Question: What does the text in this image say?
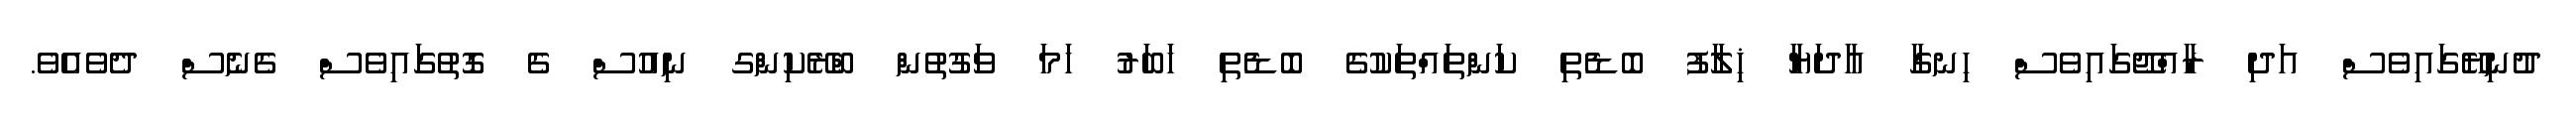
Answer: ދުނިޔޭގައިވެސް އަދި ރާއްޖޭގައިވެސް ހިނގާ އާދަޔާ ޚިލާފު ބޮޑެތި ކަންތައްތަކުގެ ބޮޑެތި ޚަބަރު ހަމަ ވަގުތުން ބްރޭކިންގ ނިއުސް ގެ ގޮތުގައިވެސް ގެނެސް ދެވެއެވެ.